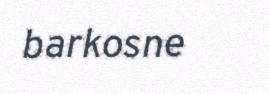
barkosne